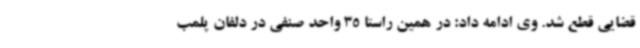
قضایی قطع شد. وی ادامه داد: در همین راستا 35 واحد صنفی در دلفان پلمب